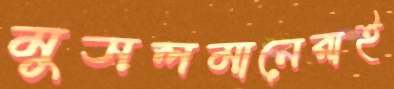
মুসলমানেরাই